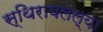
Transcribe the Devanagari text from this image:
स्थिरावलेल्या